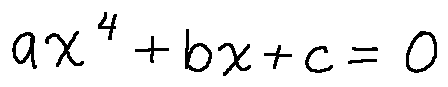
a x ^ { 4 } + b x + c = 0